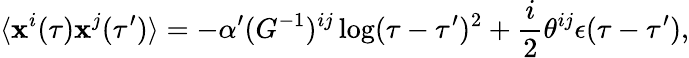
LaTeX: \langle\mathbf{x}^{i}(\tau)\mathbf{x}^{j}(\tau^{\prime})\rangle=-\alpha^{\prime}(G^{-1})^{ij}\log(\tau-\tau^{\prime})^{2}+\frac{{i}}{{2}}\theta^{ij}\epsilon(\tau-\tau^{\prime}),